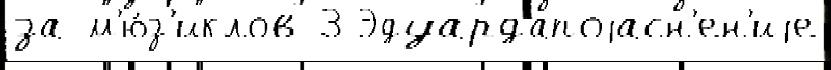
за м'ю́з'иклов 3 Эдуардапоjасн'ен'иjе